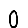
Digit: 0